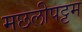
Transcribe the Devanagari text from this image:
मछलीपट्टम